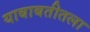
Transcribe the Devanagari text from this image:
याबाबतीतला